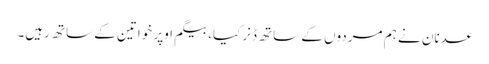
عدنان نے ہم مردوں کے ساتھ ڈنرکیا، بیگم اوپر خواتین کے ساتھ رہیں۔